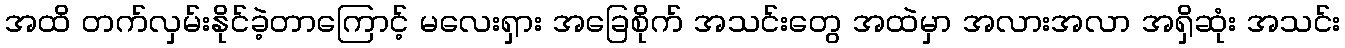
အထိ တက်လှမ်းနိုင်ခဲ့တာကြောင့် မလေးရှား အခြေစိုက် အသင်းတွေ အထဲမှာ အလားအလာ အရှိဆုံး အသင်း